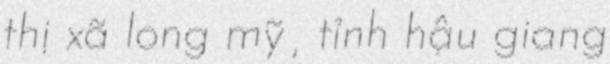
thị xã long mỹ, tỉnh hậu giang